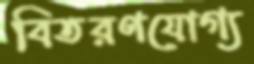
বিতরণযোগ্য